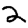
Digit: 2